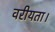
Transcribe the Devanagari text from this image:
वरीयता।